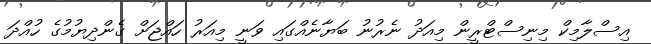
އިސްލާމިކް މިނިސްޓްރީން މިއަދު ނެރުނު ބަޔާނެއްގައި ވަނީ މިއަރު ހައްޖަށް ގެންދިޔުމުގެ ހުއްދަ